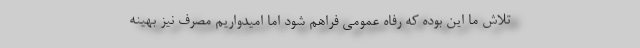
تلاش ما این بوده که رفاه عمومی فراهم شود اما امیدواریم مصرف نیز بهینه